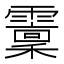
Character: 𩆐